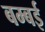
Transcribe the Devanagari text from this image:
बम्‍बई